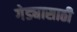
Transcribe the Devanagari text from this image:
गेड्यासाठी